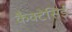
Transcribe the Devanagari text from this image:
कैक्टेसिई